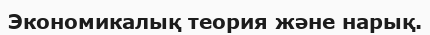
Экономикалық теория және нарық.